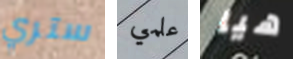
ستري علمي هيا